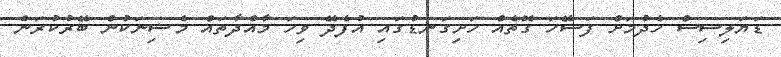
ޑަޔަލިސިސް ހެދުމަށް ފަސޭހަ ގޮތެއް ހަށިގަނޑުގައި އުފެދޭ ވިހަ މާއްދާތައް މެޝިނަކުން ބޭރުކުރަން